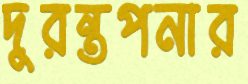
দুরন্তপনার